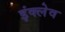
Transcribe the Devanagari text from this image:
इंक्लेव